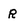
Character: R